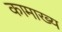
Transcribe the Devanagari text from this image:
कामाख्य